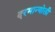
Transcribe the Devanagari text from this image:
दरमान्योली